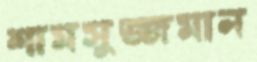
শামসুজ্জমান